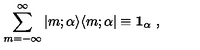
\sum _ { m = - \infty } ^ { \infty } \vert m ; \alpha \rangle \langle m ; \alpha \vert \equiv { \bf 1 } _ { \alpha } \ ,